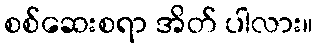
စစ်ဆေးစရာ အိတ် ပါလား။